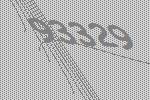
93329